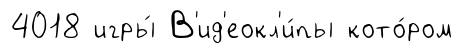
4018 игры́ В'ид'еокл'и́пы кото́ром